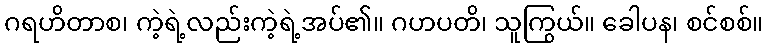
ဂရဟိတာစ၊ ကဲ့ရဲ့လည်းကဲ့ရဲ့အပ်၏။ ဂဟပတိ၊ သူကြွယ်။ ခေါပန၊ စင်စစ်။